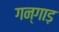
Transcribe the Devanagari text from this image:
गन्गाड़